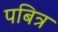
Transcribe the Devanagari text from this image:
पबित्र